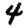
Digit: 4